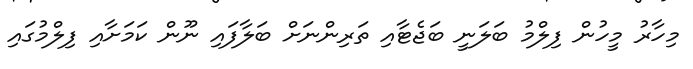
މިހާރު މީހުން ފިލްމު ބަލަނީ ބަޖެޓާއި ތަރިންނަށް ބަލާފައި ނޫން ކަމަށާއި ފިލްމުގައި